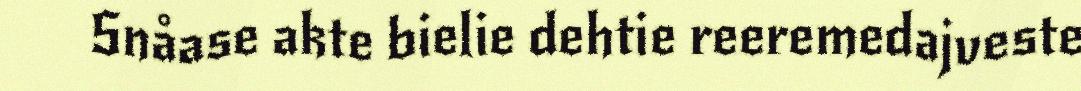
Snåase akte bielie dehtie reeremedajveste